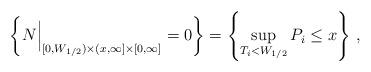
LaTeX: \begin{align*}\left\{{N}\Big|_{[0,W_{1/2})\times (x,\infty]\times[0,\infty]}=0\right\}= \left\{ \sup_{T_i < W_{1/2}} P_i\leq x \right\}\,,\end{align*}